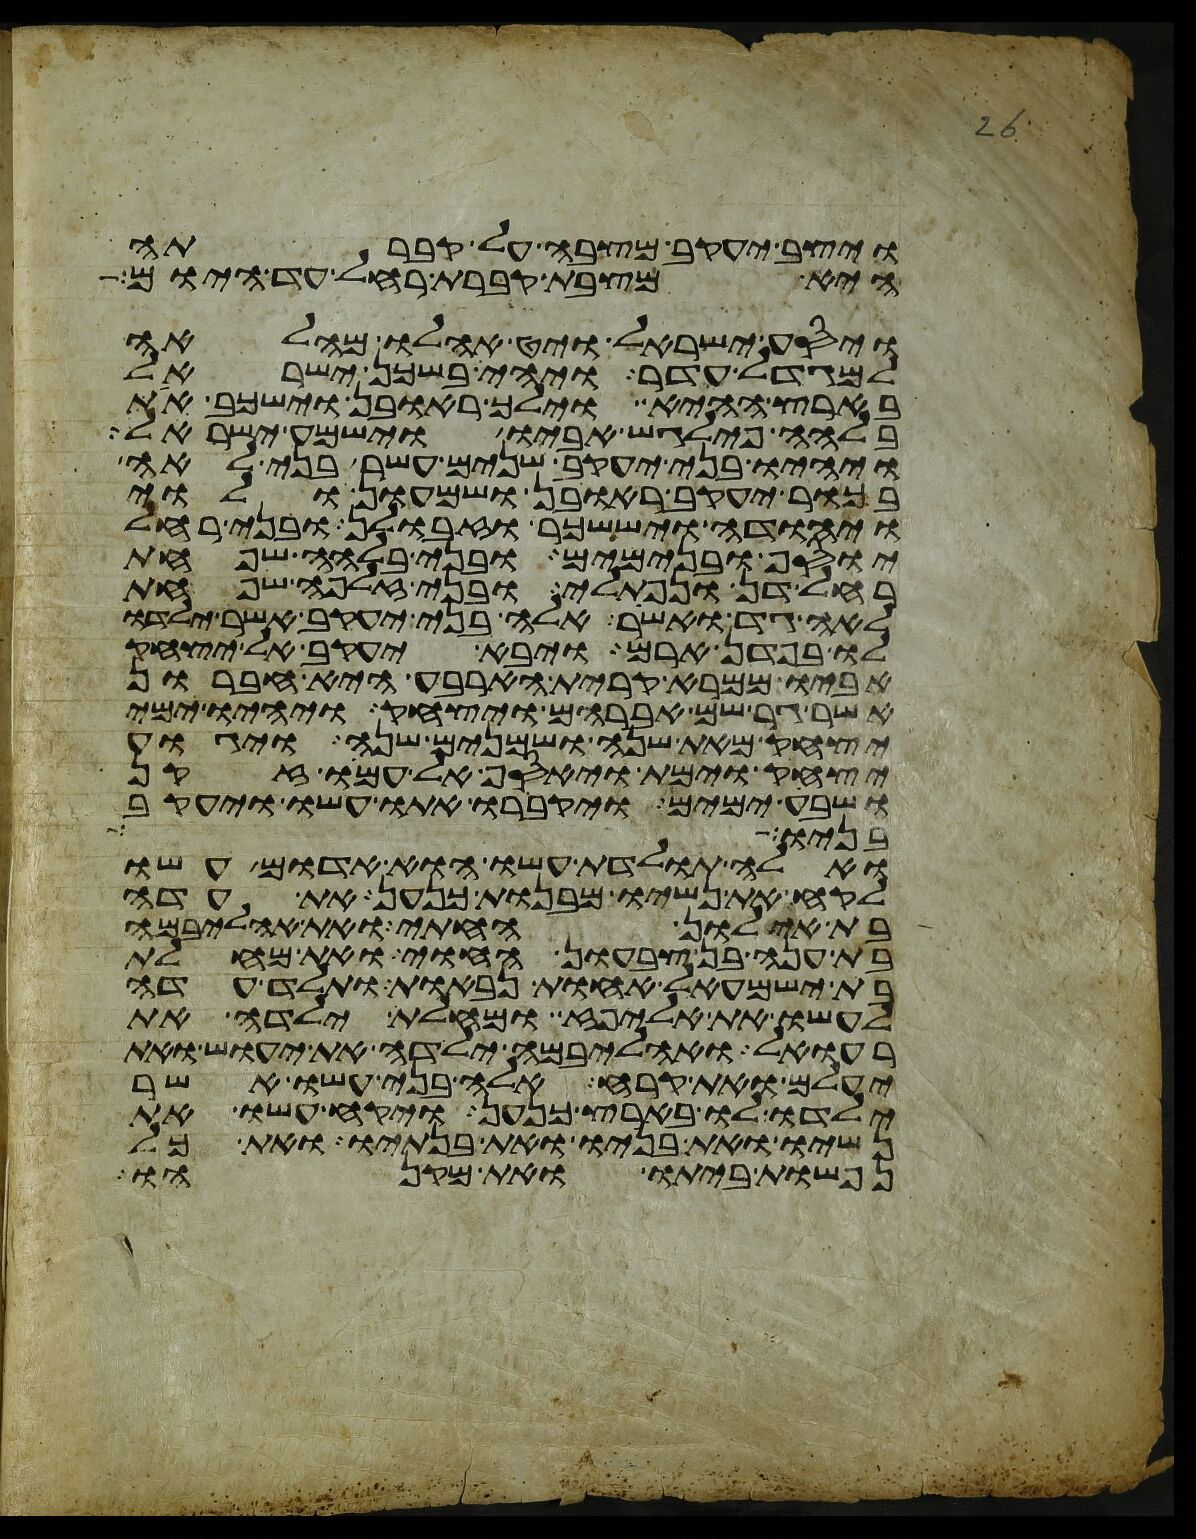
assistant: ויצב יעקב מצבה על קברתה
היא מצבת קברת רחל עד היום
ויסע ישראל ויט אהלו מהלאה
למגדל עדר ויהי בשכן ישראל
בארץ ההיא וילך ראובן וישכב את
בלהה פילגש אביו וישמע ישראל
ויהיו בני יעקב שנים עשר בני לאה
בכור יעקב ראובן ושמעון ולוי
ויהודה ויששכר וזבולן ובני רחל
יוסף ובנימים ובני בלהה שפחת
רחל דן ונפתלי ובני זלפה שפחת
לאה גד ואשר אלה בני יעקב אשר ילדו
לו בפדן ארם ויבא יעקב אל יצחק
אביו ממרא קרית הארבע היא חברון
אשר גר שם אברהם ויצחק ויהיו ימי
יצחק מאת שנה ושמנים שנה ויגוע
יצחק וימת ויאסף אל עמו זקן
ושבע ימים ויקברו אתו עשו ויעקב
בניו למה
ואלה תולדת עשו הוא אדום עשו
לקח את נשיו מבנות כנען את עדה
בת אילון החתי ואת אהליבמה
בת ענה בן צבעון החוי ואת מחלת
בת ישמעאל אחות נבאות ותלד עדה
לעשו את אליפז ומחלת ילדה את
רעואל ואהליבמה ילדה את יעוש ואת
יעלם ואת קרח אלה בני עשו אשר
ילדו לו בארץ כנען ויקח עשו את
נשיו ואת בניו ואת בנתיו ואת כל
נפשות ביתו ואת מקנהו